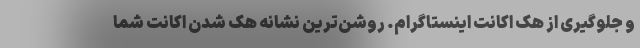
و جلوگیری از هک اکانت اینستاگرام. روشن‌ترین نشانه هک شدن اکانت شما